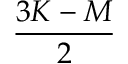
\frac { 3 K - M } { 2 }